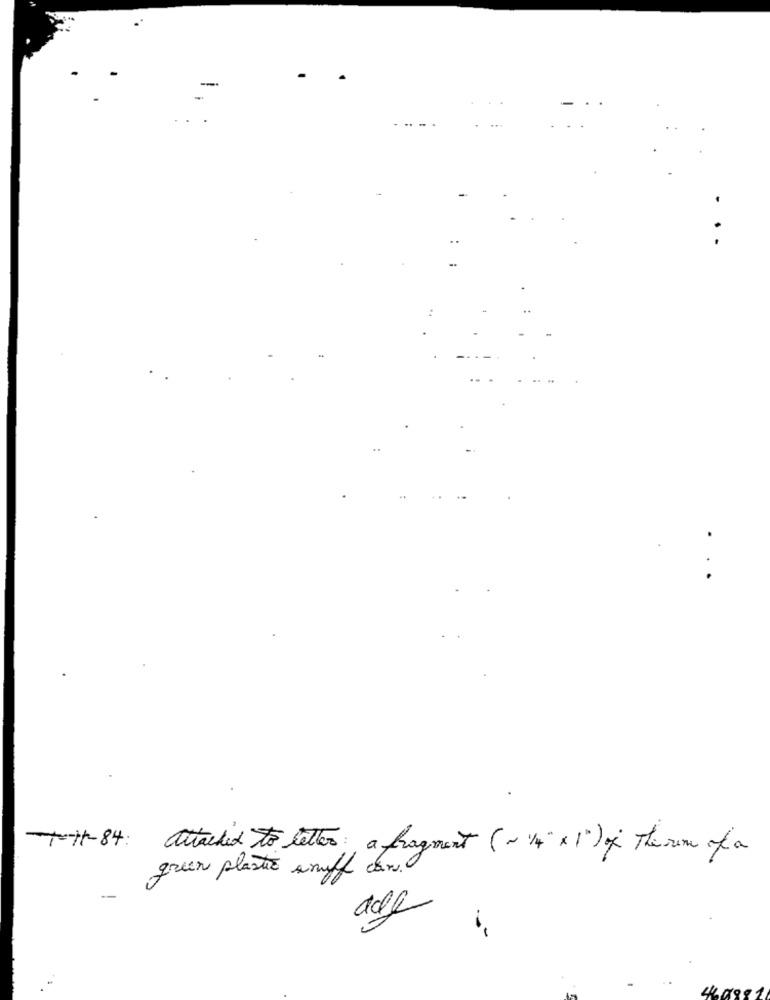
-++1-84: attached to letter a fragment (~ 1/4"× 1) of The une of a
green plastic snuff cars
adf